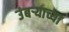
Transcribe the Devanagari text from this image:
उंबर्‍याच्या